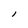
Character: l